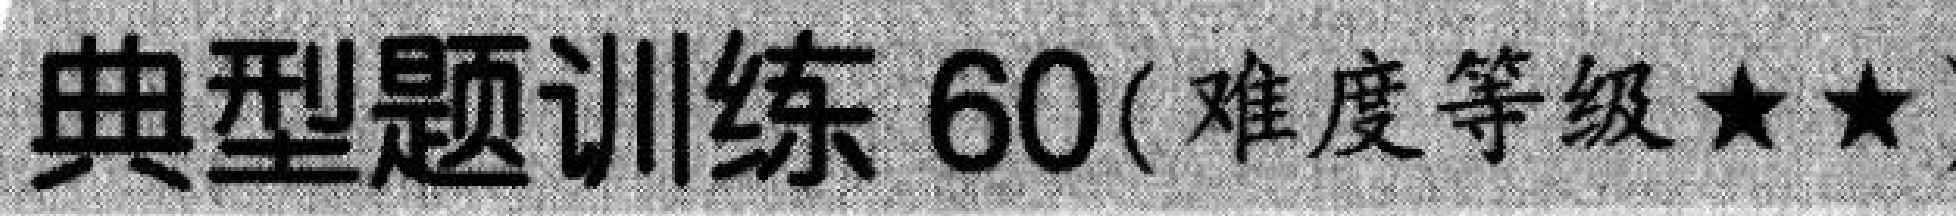
典型题训练 60(难度等级★★)